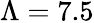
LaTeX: \Lambda=7.5